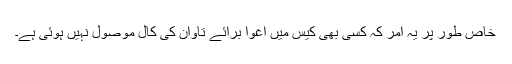
خاص طور پر یہ امر کہ کسی بھی کیس میں اغوا برائے تاوان کی کال موصول نہیں ہوئی ہے۔